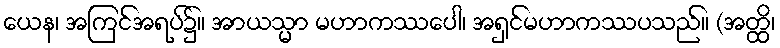
ယေန၊ အကြင်အရပ်၌။ အာယသ္မာ မဟာကဿပေါ၊ အရှင်မဟာကဿပသည်။ (အတ္ထိ၊